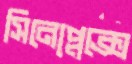
সিনেপ্লেক্সে